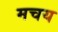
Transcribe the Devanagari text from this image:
मचय